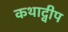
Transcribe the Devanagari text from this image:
कथाद्वीप